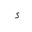
Letter: _hamza